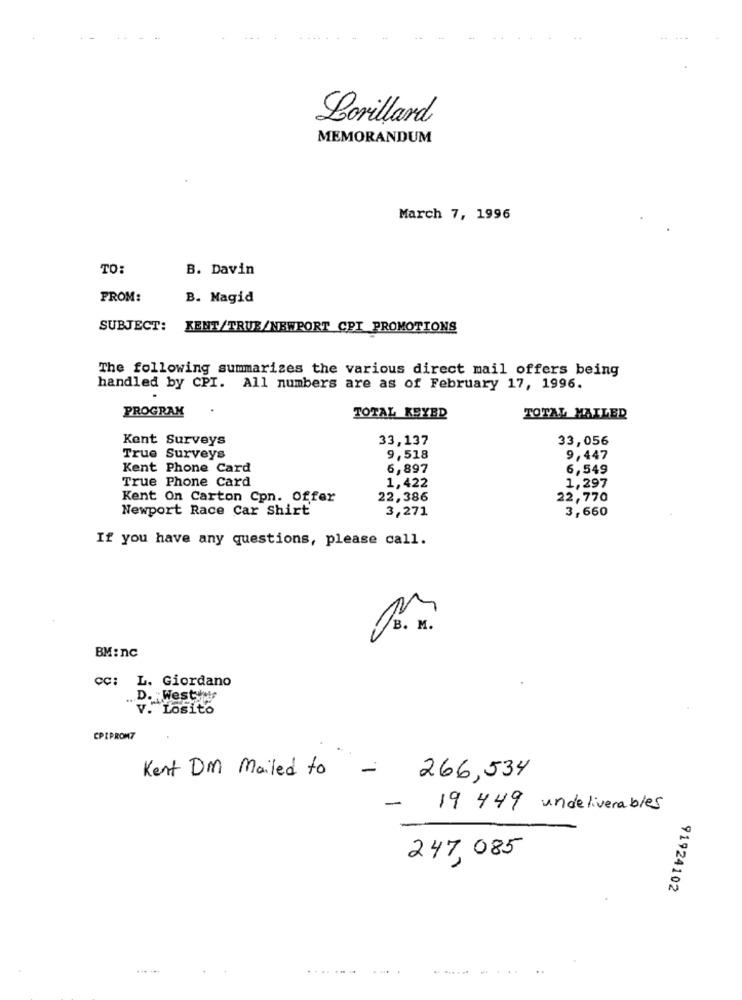
Lorillard
MEMORANDUM
March 7, 1996
TO:
B. Davin
FROM:
B. Magid
SUBJECT: KENT/TRUE/NEWPORT CPI PROMOTIONS
The following summarizes the various direct mail offers being
handled by CPI. All numbers are as of February 17, 1996.
PROGRAM
TOTAL KEYED
TOTAL MAILED
Kent Surveys
33,137
33,056
True Surveys
9,518
9,447
Kent Phone Card
6,897
6,549
True Phone Card
1,422
1,297
Kent On Carton Cpn. Offer
22,386
22,770
Newport Race Car Shirt
3,271
3,660
If you have any questions, please call.
BM:nc
CC: L. Giordano
.. D. Westys
V. Losito
CPIPROM7
Kent DM Mailed to
266,534
-
19 449 undeliverables
247, 085
91924102
...........